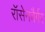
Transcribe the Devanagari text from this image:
रॉसेनबैर्गर